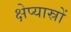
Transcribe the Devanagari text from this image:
क्षेप्यास्रों